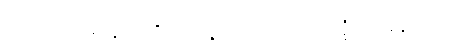
လင်းက မာနာ ကိုယ်ဝန်ရလာတော့ အံ့ဩနေသည်။